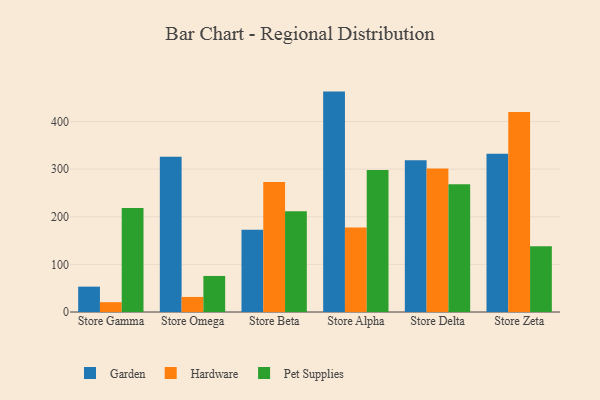
{"axis": {"x": "Store", "y": "Customer Acquisition Cost (USD)"}, "legend": ["Garden", "Hardware", "Pet Supplies"], "data": [{"x": "Store Gamma", "y": 53.2, "type": "Garden"}, {"x": "Store Gamma", "y": 20.6, "type": "Hardware"}, {"x": "Store Gamma", "y": 218.4, "type": "Pet Supplies"}, {"x": "Store Omega", "y": 325.8, "type": "Garden"}, {"x": "Store Omega", "y": 31.6, "type": "Hardware"}, {"x": "Store Omega", "y": 75.7, "type": "Pet Supplies"}, {"x": "Store Beta", "y": 172.7, "type": "Garden"}, {"x": "Store Beta", "y": 273.1, "type": "Hardware"}, {"x": "Store Beta", "y": 211.4, "type": "Pet Supplies"}, {"x": "Store Alpha", "y": 462.8, "type": "Garden"}, {"x": "Store Alpha", "y": 177.3, "type": "Hardware"}, {"x": "Store Alpha", "y": 298.1, "type": "Pet Supplies"}, {"x": "Store Delta", "y": 318.9, "type": "Garden"}, {"x": "Store Delta", "y": 301.4, "type": "Hardware"}, {"x": "Store Delta", "y": 268.2, "type": "Pet Supplies"}, {"x": "Store Zeta", "y": 332.1, "type": "Garden"}, {"x": "Store Zeta", "y": 420.1, "type": "Hardware"}, {"x": "Store Zeta", "y": 137.9, "type": "Pet Supplies"}]}